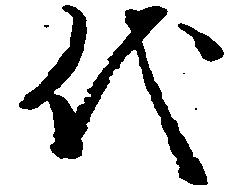
代